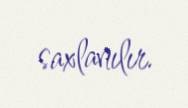
saxlanılır.